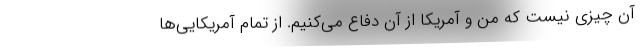
آن چیزی نیست که من و آمریکا از آن دفاع می‌کنیم. از تمام آمریکایی‌ها